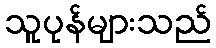
သူပုန်များသည်